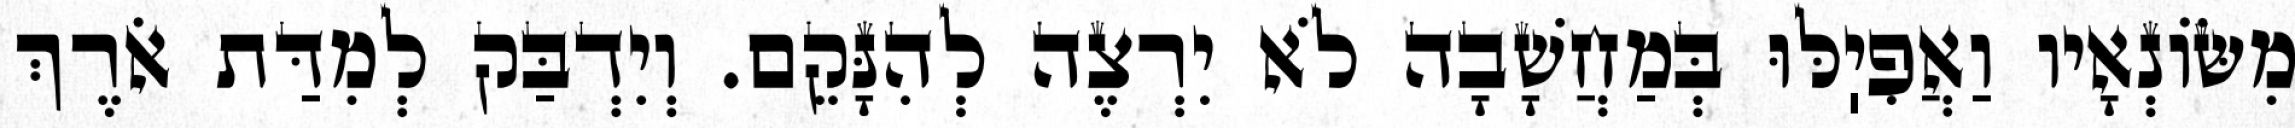
מִשּׂוֹנְאָיו וַאֲפִיֽלּוּ בְּמַחֲשָׁבָה לֹא יִרְצֶה לְהִנָּקֵם. וְיִדְבַּק לְמִדַּת אֹרֶךְ